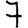
Digit: 7